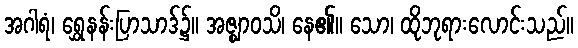
အဂါရံ၊ ရွှေနန်းပြာသာဒ်၌။ အဇ္ဈာဝသိ၊ နေ၏။ သော၊ ထိုဘုရားလောင်းသည်။